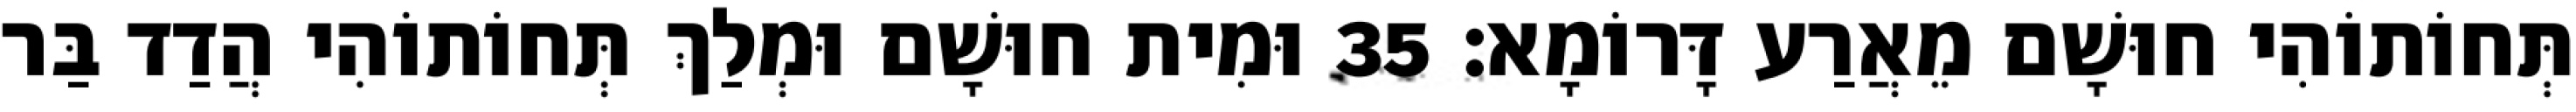
תְּחוֹתוֹהִי חוּשָׁם מֵאֲרַע דָּרוֹמָא׃ 35 וּמִית חוּשָׁם וּמְלַךְ תְּחוֹתוֹהִי הֲדַד בַּר